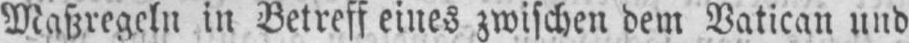
Maßregeln in Betreff eines zwischen dem Vatican und